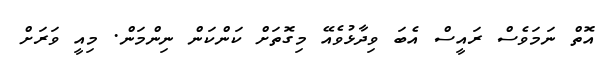
އޮތް ނަމަވެސް ރައީސް އެބަ ވިދާޅުވެއޭ މިގޮތަށް ކަންކަން ނިންމަން. މިއީ ވަރަށް